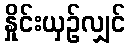
နှိုင်းယှဉ်လျှင်